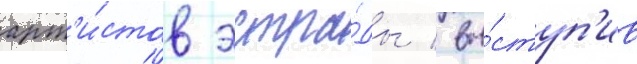
арт'и́стов эстра́ды / вы́ступ'ив